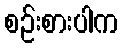
စဉ်းစားပါက